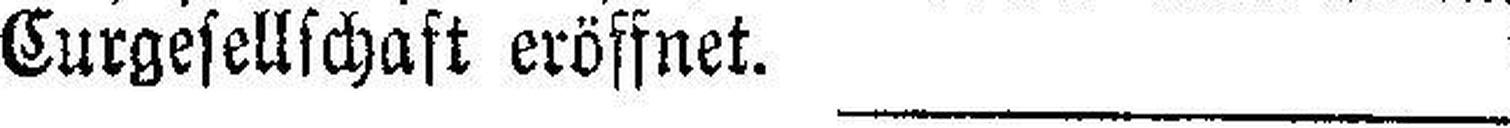
Curgesellschaft eröffnet.